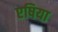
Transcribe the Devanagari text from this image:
एषिया